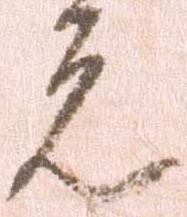
元